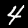
Label: 4